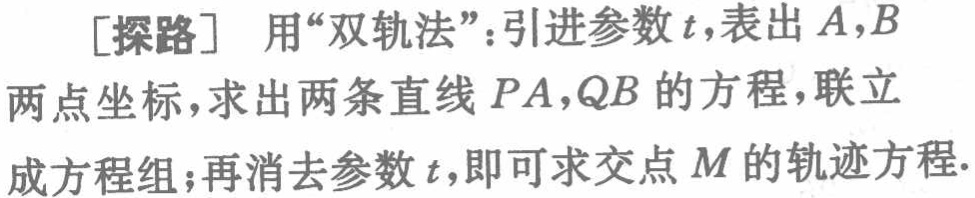
[探路] 用“双轨法”：引进参数\(t\)，表出\(A,B\)两点坐标，求出两条直线\(PA,QB\)的方程，联立成方程组；再消去参数\(t\)，即可求交点\(M\)的轨迹方程.